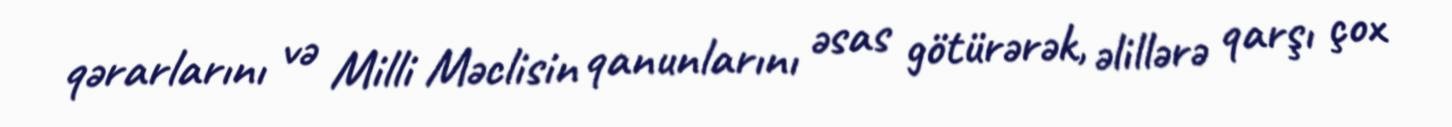
qərarlarını və Milli Məclisin qanunlarını əsas götürərək, əlillərə qarşı çox